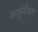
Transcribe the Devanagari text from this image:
कार्बुनीकृत